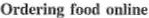
Ordering food online